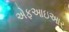
એફઆઇઆર